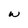
Character: w